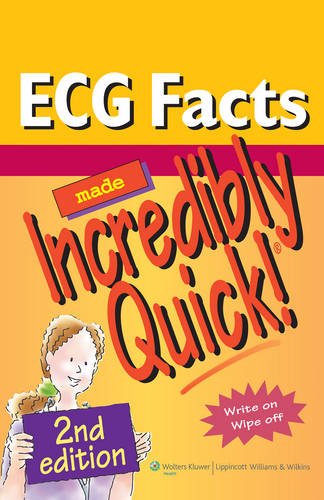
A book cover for ECG Facts Made Incredibly Quick! (Incredibly Easy! SeriesÂ®); Lippincott; Medical Books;